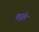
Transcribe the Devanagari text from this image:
वधूहि